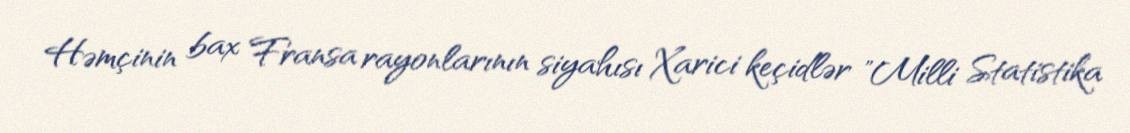
Həmçinin bax Fransa rayonlarının siyahısı Xarici keçidlər "Milli Statistika